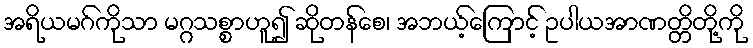
အရိယမဂ်ကိုသာ မဂ္ဂသစ္စာဟူ၍ ဆိုတန်စေ၊ အဘယ့်ကြောင့် ဥပါယအာဏတ္တိတို့ကို